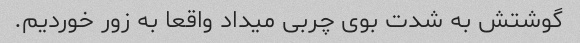
گوشتش به شدت بوی چربی میداد واقعا به زور خوردیم.